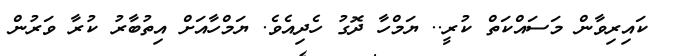
ކައިރިވާން މަސައްކަތް ކުރީ.. ޔަމްހާ ދޮގު ހެދިއެވެ. ޔަމްހާއަށް އިތުބާރު ކުރާ ވަރުން